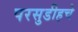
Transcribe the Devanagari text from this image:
परसुडीहचे